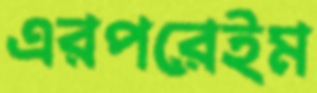
এরপরেইম